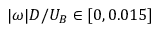
| \omega | D / U _ { B } \in [ 0 , 0 . 0 1 5 ]